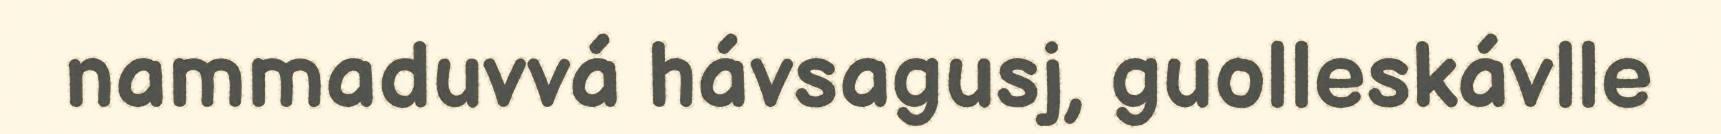
nammaduvvá hávsagusj, guolleskávlle